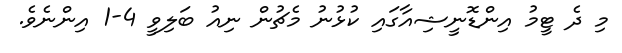
މި ދެ ޓީމު އިންޑޮނީޝިއާގައި ކުޅުނު މެޗުން ނިއު ބަލިވީ 4-1 އިންނެވެ.